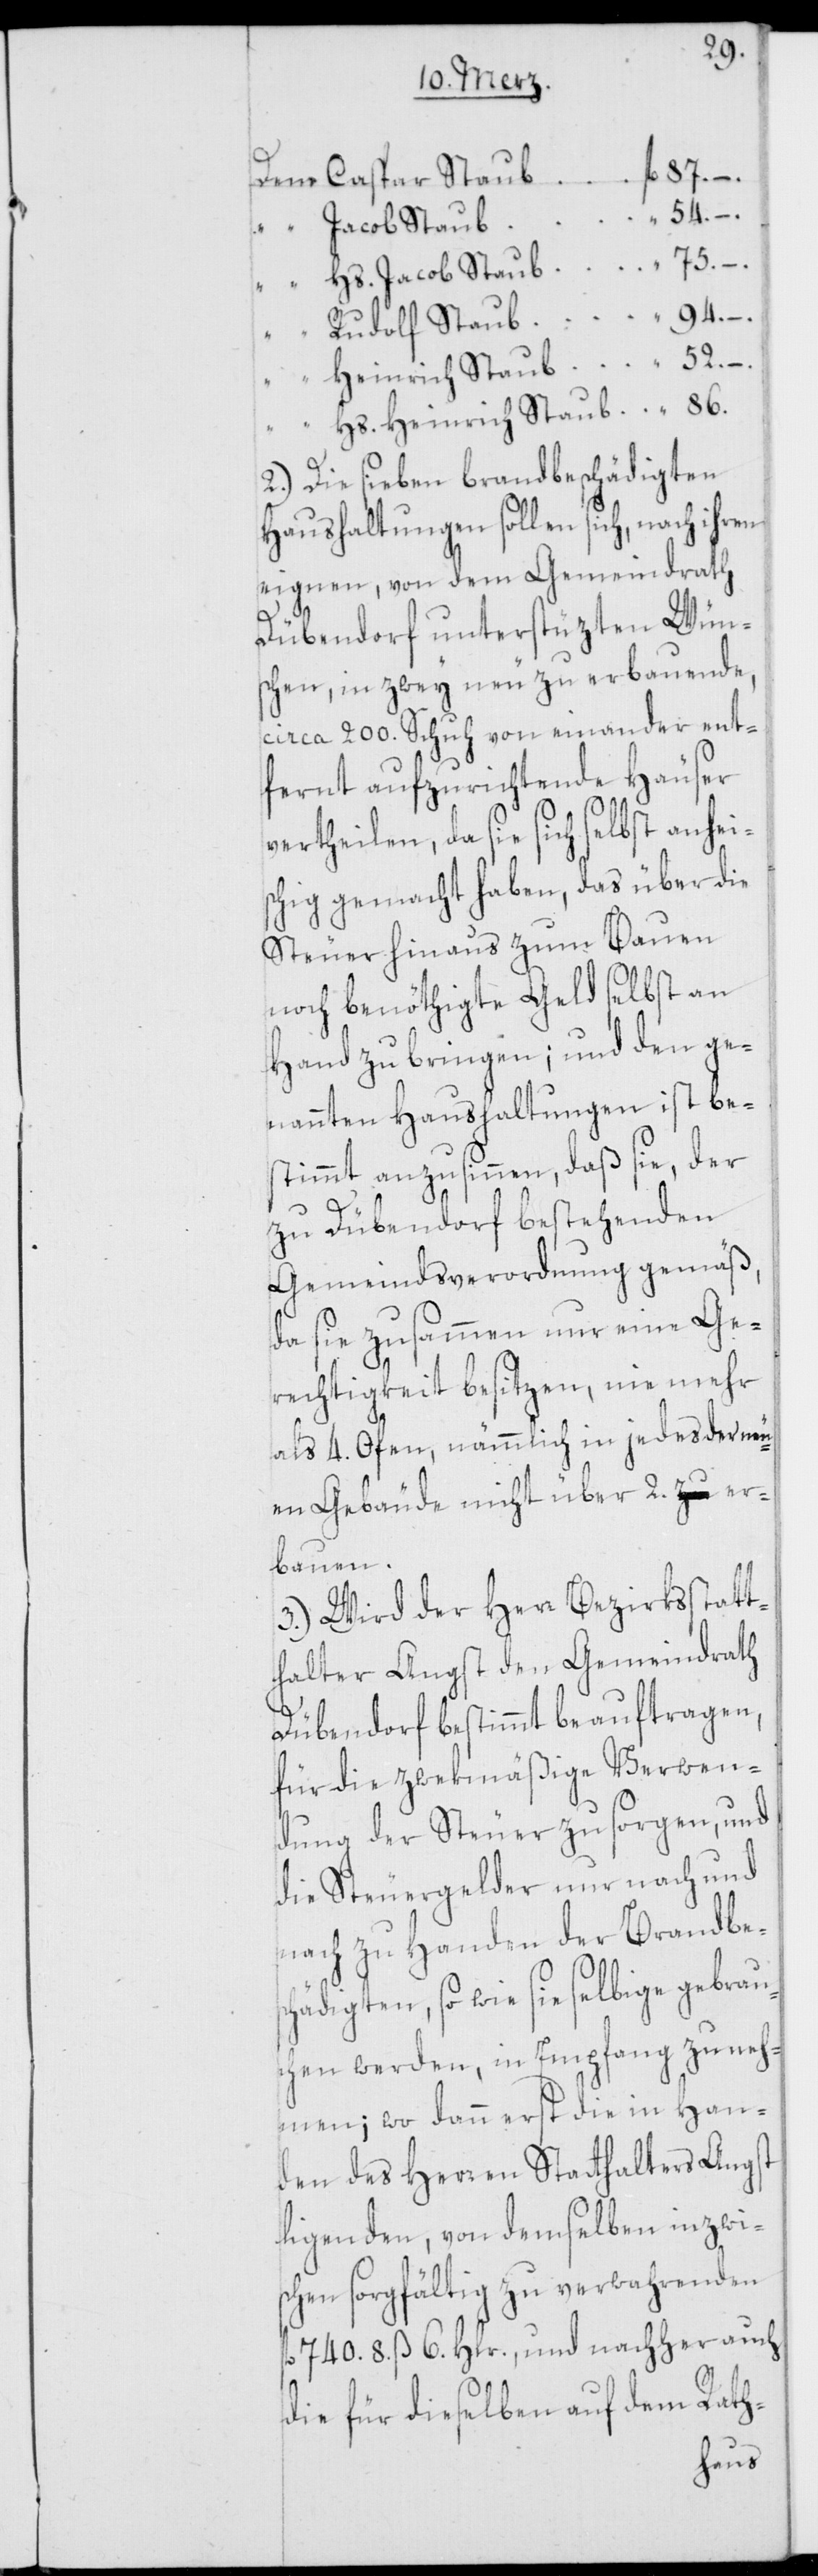
fl. 87. –.
Dem Caspar Staub
54. –.
“ Hs. Jacob Staub
“ 75. –.
94. –.
“ Rudolf Staub
“ Heinrich Staub “ 52. –.
“ Hs. Heinrich Staub “ 86.
2.) Die sieben brandbeschädigten
Haushaltungen sollen sich, nach
eignen, von dem Gemeindrath
Dübendorf unterstüzten Wün¬
schen, in zwey neu zu erbauende,
circa 200. Schuh von einander ent¬
fernt aufzurichtende Häuser
vertheilen, da sie sich selbst anhei¬
schig gemacht haben, das über die
Steuer hinaus zum Bauen
noch benöthigte Geld selbst an
Hand zu bringen; und den ge¬
nannten Haushaltungen ist be¬
stimmt anzusinnen, daß sie, der
zu Dübendorf bestehenden
Gemeindsverordnung gemäß,
da sie zusammen nur eine Ge¬
rechtigkeit besitzen, nie mehr
als 4. Ofen, nämmlich in jedes der neu¬
en Gebäude nicht über 2. er¬
bauen.
3.) Wird der Herr Bezirksstatt¬
halter Angst den Gemeindrath
Dübendorf bestimmt beauftragen,
für die zwekmäßige Verwen¬
dung der Steuer zu sorgen, und
die Steuergelder nur nach und
nach zu Handen der Brandbe¬
schädigten, so wie sie selbige gebrau¬
chen werden, in Empfang zu neh¬
men; wo dann erst die in Han¬
den des Herren Statthalters Angst
ligenden, von demselben inzwi¬
schen sorgfältig zu verwahrenden
fl. 740. 8. ß 6. Hlr., und nachher auch
die für dieselben auf dem Rath-